Annual report on the Civil Veterinary Department, Burma (including the Insein Veterinary School) - 1923-1931
Year: 1923
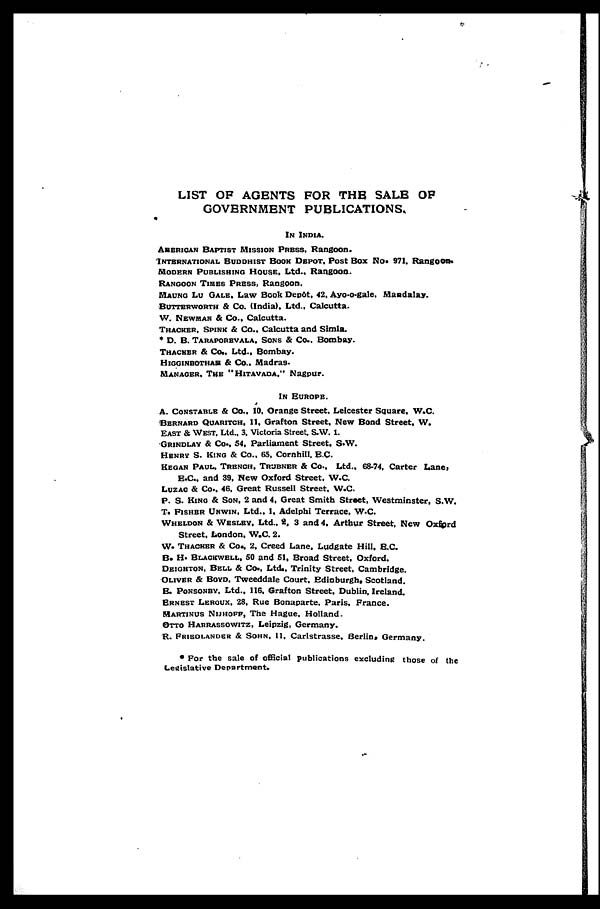
LIST OF AGENTS FOR THE SALE OF GOVERNMENT PUBLICATIONS,
IN INDIA.
AMERICAN BAPTIST MISSION PRESS. Rangoon.
INTERNATIONAL BUDDHIST BOOK DEPOT, Post Box No. 971. Rangoon.
Modern Publishing House, Ltd., Rangoon.
RANGOON TIERS PRESS, RANGOON.
Mauno Lu Gale, Law Book Depôt. 42, Ayo-o-gale. Maadalay.
BUTTERWORTH & Co. (India). Ltd.. Calcutta.
W. Newman & Co., Calcutta.
Thacker, Spink & Co., Calcutta and Simla.
* D. B. Taraporbvala, Sons & Co., Bombay.
Thacker & Co., Ltd., Bombay.
HIGGINBOTHAE & Co., Madras.
MANAGBR, THE "HITAVADA," NAGPUR.
IN EUROPE. A. Constable & Co., 10, Orange Street, Leicester Square, W.C. BERN
E.C., and 89, New Oxford Street, W.C. Luzac & Co., 46. Great Russell Street. W.C.
P. S. King & Son. 2 and 4, Great Smith Street, Westminster, S.W. T. FISHER UNW
Street. London, W.C. 2. W. THACKER & Co., 2, Creed Lane, Ludgate Hill, B.C. B.
* For the sale of official publications excluding those of the Legislative Department